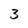
Character: 3